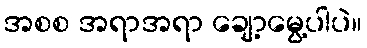
အစစ အရာအရာ ချော့မွေ့ပါပဲ။